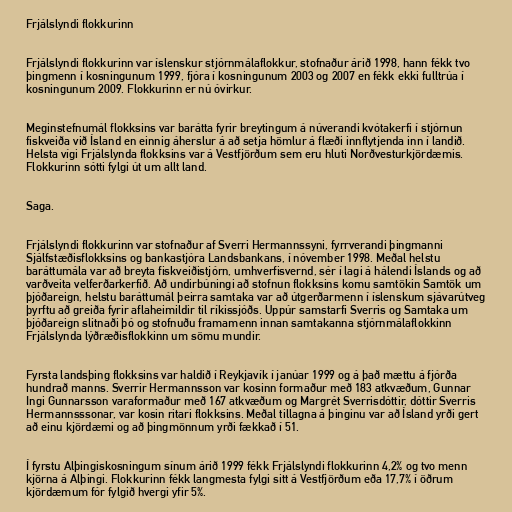
Frjálslyndi flokkurinn

Frjálslyndi flokkurinn var íslenskur stjórnmálaflokkur, stofnaður árið 1998, hann fékk tvo
þingmenn í kosningunum 1999, fjóra í kosningunum 2003 og 2007 en fékk ekki fulltrúa í
kosningunum 2009. Flokkurinn er nú óvirkur.

Meginstefnumál flokksins var barátta fyrir breytingum á núverandi kvótakerfi í stjórnun
fiskveiða við Ísland en einnig áherslur á að setja hömlur á flæði innflytjenda inn í landið.
Helsta vígi Frjálslynda flokksins var á Vestfjörðum sem eru hluti Norðvesturkjördæmis.
Flokkurinn sótti fylgi út um allt land.

Saga.

Frjálslyndi flokkurinn var stofnaður af Sverri Hermannssyni, fyrrverandi þingmanni
Sjálfstæðisflokksins og bankastjóra Landsbankans, í nóvember 1998. Meðal helstu
baráttumála var að breyta fiskveiðistjórn, umhverfisvernd, sér í lagi á hálendi Íslands og að
varðveita velferðarkerfið. Að undirbúningi að stofnun flokksins komu samtökin Samtök um
þjóðareign, helstu baráttumál þeirra samtaka var að útgerðarmenn í íslenskum sjávarútveg
þyrftu að greiða fyrir aflaheimildir til ríkissjóðs. Uppúr samstarfi Sverris og Samtaka um
þjóðareign slitnaði þó og stofnuðu framamenn innan samtakanna stjórnmálaflokkinn
Frjálslynda lýðræðisflokkinn um sömu mundir.

Fyrsta landsþing flokksins var haldið í Reykjavík í janúar 1999 og á það mættu á fjórða
hundrað manns. Sverrir Hermannsson var kosinn formaður með 183 atkvæðum, Gunnar
Ingi Gunnarsson varaformaður með 167 atkvæðum og Margrét Sverrisdóttir, dóttir Sverris
Hermannsssonar, var kosin ritari flokksins. Meðal tillagna á þinginu var að Ísland yrði gert
að einu kjördæmi og að þingmönnum yrði fækkað í 51.

Í fyrstu Alþingiskosningum sínum árið 1999 fékk Frjálslyndi flokkurinn 4,2% og tvo menn
kjörna á Alþingi. Flokkurinn fékk langmesta fylgi sitt á Vestfjörðum eða 17,7% í öðrum
kjördæmum fór fylgið hvergi yfir 5%.